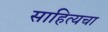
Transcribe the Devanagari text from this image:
साहित्यचा